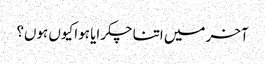
آخر میں اتنا چکرایا ہوا کیوں ہوں؟